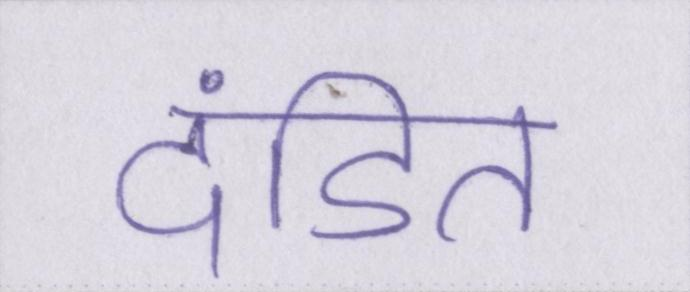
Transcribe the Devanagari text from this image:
दंडित